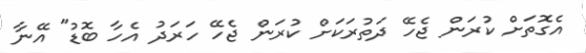
އެގޮތަށް ކުރަން ޖެހޭ ދަތުރަކަށް ކުރަން ޖެހޭ ހަރަދު އެހާ ބޮޑު" އޭނާ